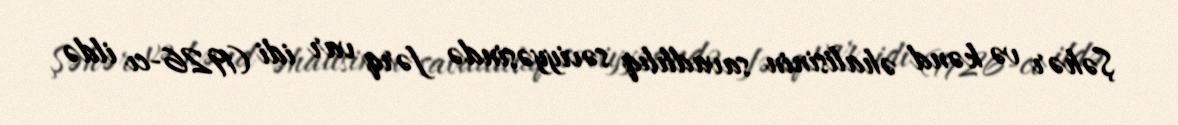
Şəhər və kənd əhalisinin savadlılıq səviyyəsində fərq var idi (1926-cı ildə